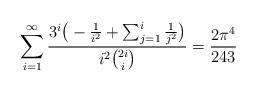
LaTeX: \begin{align*}\sum_{i=1}^{\infty } \frac{3^i \big( -\frac{1}{i^2} + \sum_{j=1}^i \frac{1}{j^2}\big)}{i^2 \binom{2 i}{i}}=\frac{2 \pi ^4}{243}\end{align*}